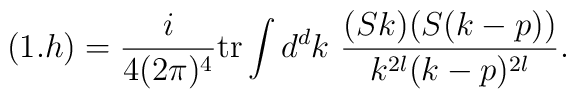
(1.h) = \frac{i}{4(2\pi)^4}\mbox{tr} \int d^dk\ \frac{(Sk)(S(k-p))}{k^{2l}(k-p)^{2l}}.